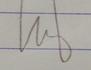
Signature authenticity: genuine